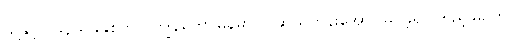
သို့နှင့် ၁၉၃၉ ခုနှစ်တွင် ကျွန်တော်မြန်မာလို ဆယ်တန်းအောင်မြင်ခဲ့၍ ကြည့်မြင်တိုင်